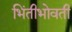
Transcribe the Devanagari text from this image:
भिंतीभोवती